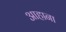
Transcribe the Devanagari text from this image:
आहाना